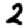
Digit: 2